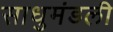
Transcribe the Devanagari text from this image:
साधुमंडली